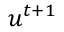
{ \boldsymbol { u } } ^ { t + 1 }